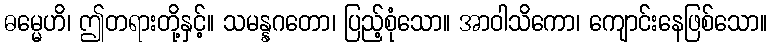
ဓမ္မေဟိ၊ ဤတရားတို့နှင့်။ သမန္နဂတော၊ ပြည့်စုံသော။ အာဝါသိကော၊ ကျောင်းနေဖြစ်သော။